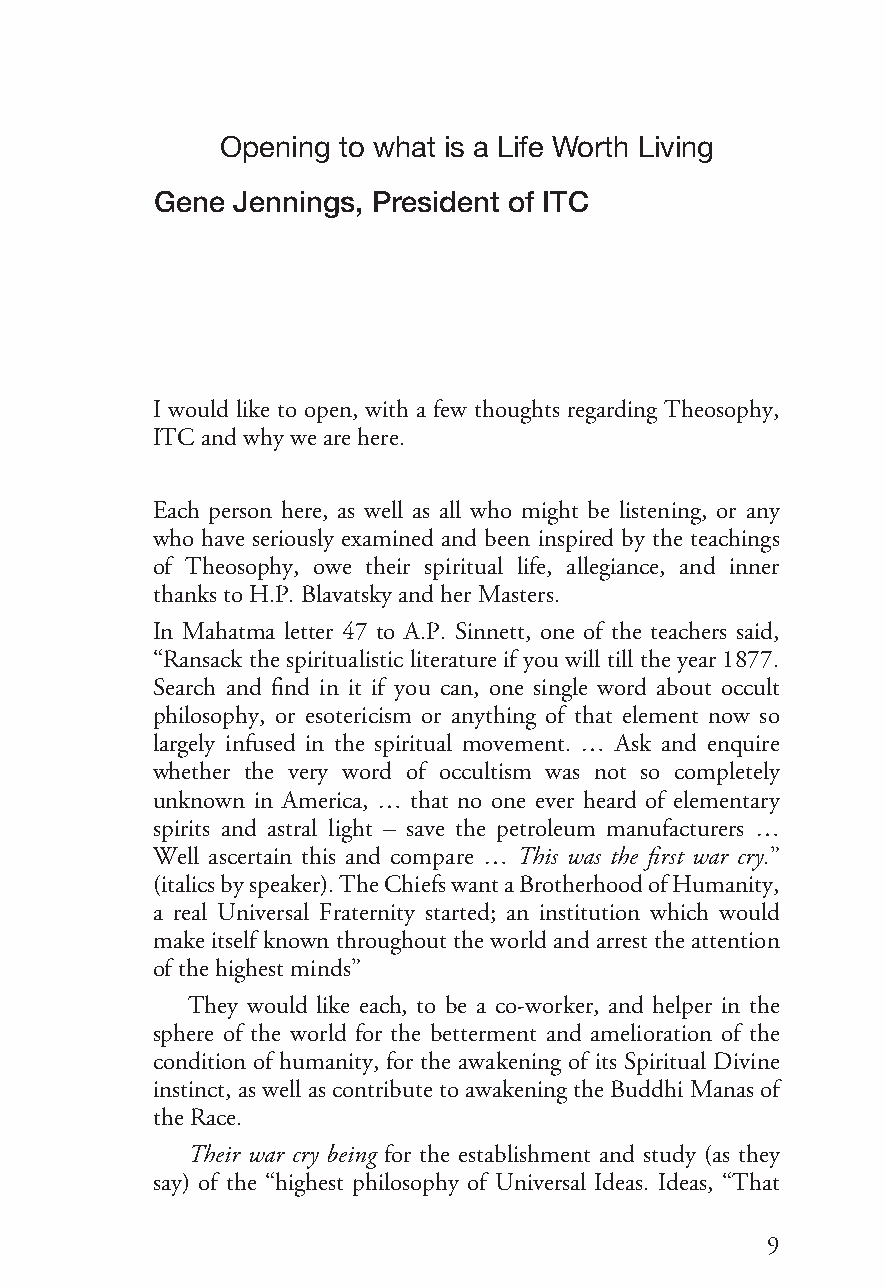
OPENINGPRESIDENT
 Opening to what is a Life Worth Living
 Gene Jennings, President of ITC
 I would like to open, with a few thoughts regarding Theosophy,
 ITCandwhywearehere.
 Each person here, as well as all who might be listening, or any
 who have seriously examined and been inspired by the teachings
 of Theosophy, owe their spiritual life, allegiance, and inner
 thanksto H.P.BlavatskyandherMasters.
 In Mahatma letter 47 to A.P. Sinnett, one of the teachers said,
 “Ransack the spiritualistic literature if you will till the year 1877.
 Search and find in it if you can, one single word about occult
 philosophy, or esotericism or anything of that element now so
 largely infused in the spiritual movement. … Ask and enquire
 whether the very word of occultism was not so completely
 unknown in America, … that no one ever heard of elementary
 spirits and astral light – save the petroleum manufacturers …
 Well ascertain this and compare … This was the first war cry.”
 (italicsbyspeaker).TheChiefswantaBrotherhoodofHumanity,
 a real Universal Fraternity started; an institution which would
 make itself known throughout the world and arrest the attention
 ofthehighest minds”
 They would like each, to be a co-worker, and helper in the
 sphere of the world for the betterment and amelioration of the
 condition of humanity, for the awakening of its Spiritual Divine
 instinct, as well as contribute to awakening the Buddhi Manas of
 theRace.
 Their war cry being for the establishment and study (as they
 say) of the “highest philosophy of Universal Ideas. Ideas, “That
 99